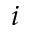
i